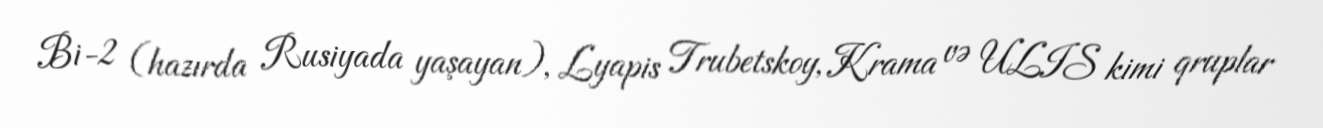
Bi-2 (hazırda Rusiyada yaşayan), Lyapis Trubetskoy, Krama və ULIS kimi qruplar